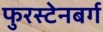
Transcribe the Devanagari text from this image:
फुरस्टेनबर्ग